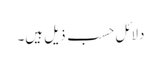
دلائل حسب ذیل ہیں۔